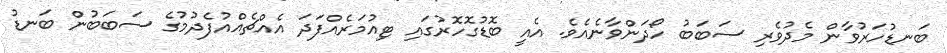
ބަނޑުހަރުވާން މެދުވެރި ސަބަބު ހޯދަންވާނެއެވެ. އެއީ ބޮޑުގޮހޮރުގައި ޓިއުމަރެއްފަދަ އެއްޗެއްއުފެދުމުގެ ސަބަބުން ބަނޑު